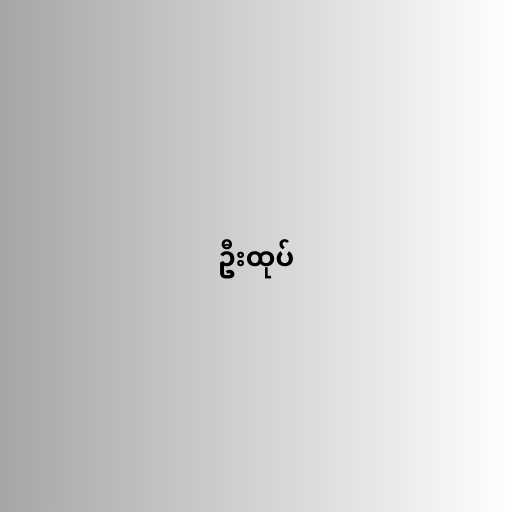
ဦးထုပ်